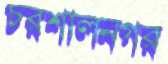
চরশালনগর